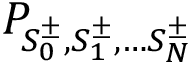
P _ { S _ { 0 } ^ { \pm } , S _ { 1 } ^ { \pm } , \ldots S _ { N } ^ { \pm } }